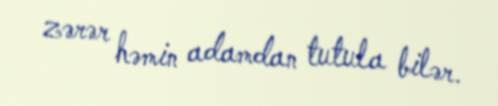
zərər həmin adamdan tutula bilər.